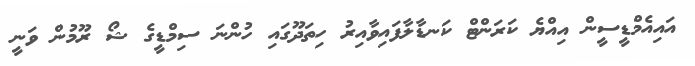
އައިއެމްޑީސީން އިއްޔެ ކަރަންޓް ކަނޑާލާފައިވާއިރު ހިތަދޫގައި ހުންނަ ސިމްޑީގެ ޝޯ ރޫމުން ވަނީ